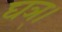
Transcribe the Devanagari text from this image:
घञ्।